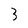
Character: 3